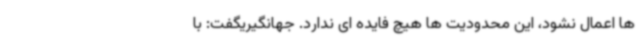
ها اعمال نشود، این محدودیت ها هیچ فایده ای ندارد. جهانگیریگفت: با